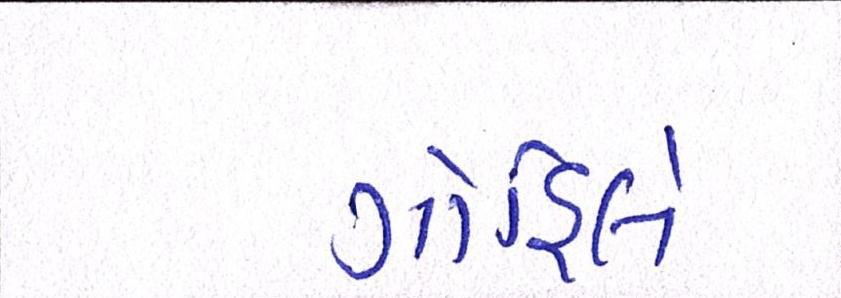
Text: ગોહિલે